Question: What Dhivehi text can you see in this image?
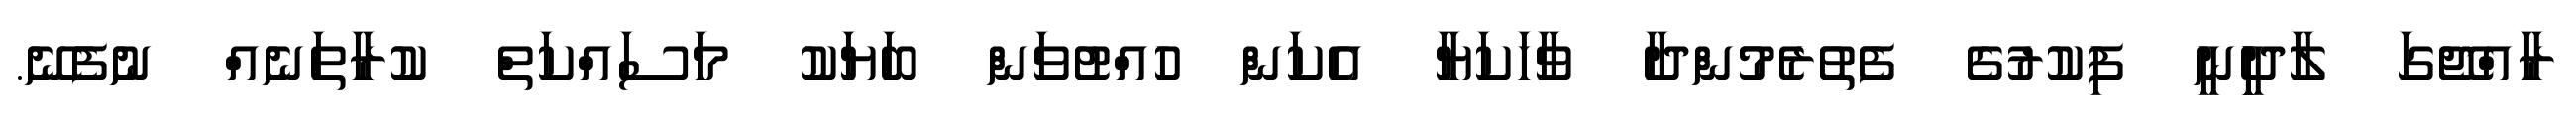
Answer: ރާއްޖޭގަ ލާދިީނީ ފިކުރުގެ ފެތުރެމުންދާ ވާހަކަޔާ އެކަން ހުއްޓުވަން ބަޔަކު މަސައްކަތް ކުރާތަނެއް ނުފެނޭ.